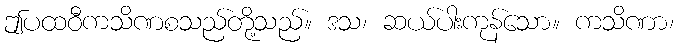
ဤပထဝီကသိဏစသည်တို့သည်။ ဒသ၊ ဆယ်ပါးကုန်သော။ ကသိဏာ၊